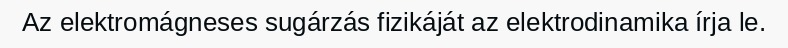
Az elektromágneses sugárzás fizikáját az elektrodinamika írja le.